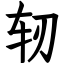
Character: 轫